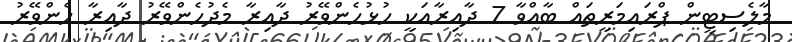
މާލެސިޓީން ޕްރައިމަރީތައް ބާއްވާ 7 ދާއިރާއަކީ ހުޅުހެންވޭރު ދާއިރާ މެދުހެންވޭރު ދާއިރާ ހެންވޭރު